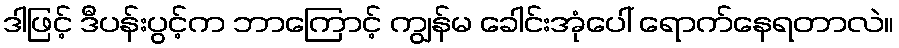
ဒါဖြင့် ဒီပန်းပွင့်က ဘာကြောင့် ကျွန်မ ခေါင်းအုံပေါ် ရောက်နေရတာလဲ။